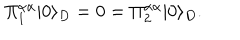
\Pi _ { 1 } ^ { \alpha \alpha } | 0 \rangle _ { D } = 0 = \Pi _ { 2 } ^ { \alpha \alpha } | 0 \rangle _ { D } . \,